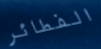
الفطائر